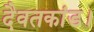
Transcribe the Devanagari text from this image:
दैवतकांड।